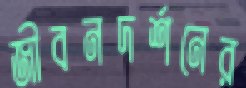
জীবনদর্শনের